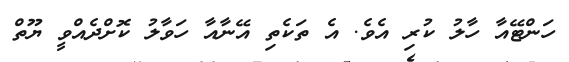
ހަންޓޭއާ ހާލު ކުރި އެވެ. އެ ތަކެތި އޭނާއާ ހަވާލު ކޮށްދެއްވީ ޔޫތް